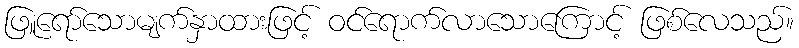
ဖြူရော်သောမျက်နှာထားဖြင့် ဝင်ရောက်လာသောကြောင့် ဖြစ်လေသည်။